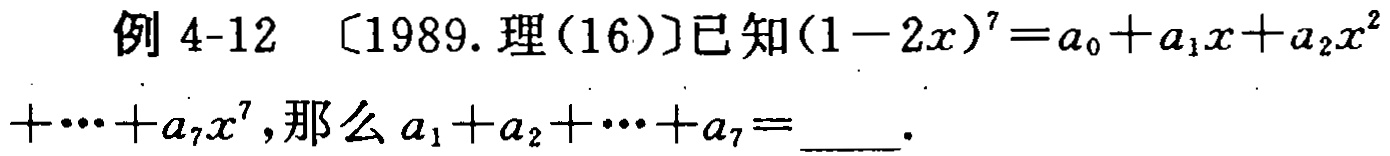
例 4-12 〔1989. 理(16)〕已知\((1 - 2x)^{7}=a_{0}+a_{1}x + a_{2}x^{2}+\cdots + a_{7}x^{7}\)，那么\(a_{1}+a_{2}+\cdots + a_{7}=\)____.